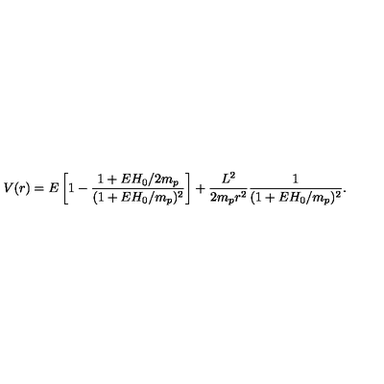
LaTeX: V ( r ) = E \left[ 1 - \frac { 1 + E H _ { 0 } / 2 m _ { p } } { ( 1 + E H _ { 0 } / m _ { p } ) ^ { 2 } } \right] + \frac { L ^ { 2 } } { 2 m _ { p } r ^ { 2 } } \frac { 1 } { ( 1 + E H _ { 0 } / m _ { p } ) ^ { 2 } } .